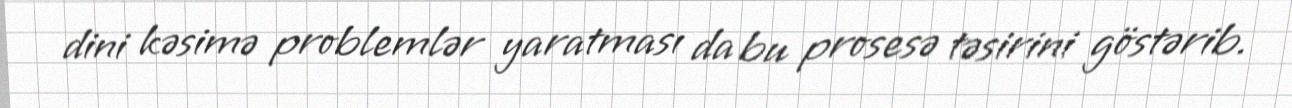
dini kəsimə problemlər yaratması da bu prosesə təsirini göstərib.